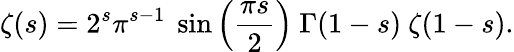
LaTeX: \zeta(s)=2^{s}\pi^{s-1}\ \sin\left({\frac{\pi s}{2}}\right)\ \Gamma(1-s)\ \zeta(1-s).